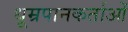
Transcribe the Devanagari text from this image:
धूम्रपानकर्ताओं